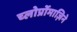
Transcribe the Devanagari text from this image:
च्लोर्प्रोमाज़िने